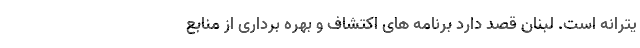
یترانه است. لبنان قصد دارد برنامه های اکتشاف و بهره برداری از منابع